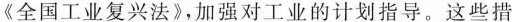
《全国工业复兴法》，加强对工业的计划指导。这些措